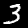
Digit: 3